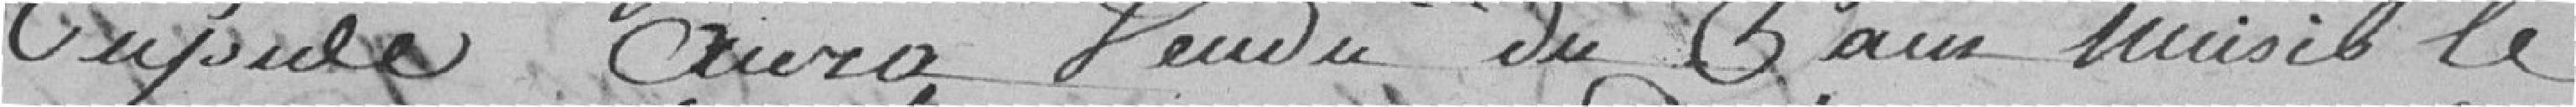
cupide aura vendu du pain nuisible